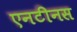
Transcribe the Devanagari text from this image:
एनटीनस